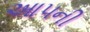
આ૫ની